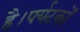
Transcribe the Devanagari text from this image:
है।पर्यटकों